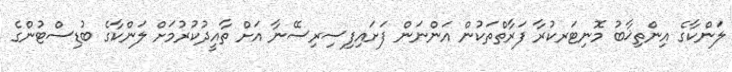
ލަންކާގެ އިންތިޚާބު މޮނިޓަރކުރާ ފަރާތްތަކުން އަންނަން ފަށައިފިސިރިސޭނާ އަށް ތާއީދުކުރުމަށް ލަންކާގެ ބުޑިސްޓުންގެ